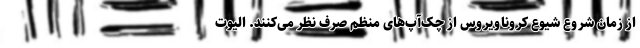
از زمان شروع شیوع کروناویروس از چک‌آپ‌های منظم صرف نظر می‌کنند. الیوت